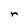
Character: r